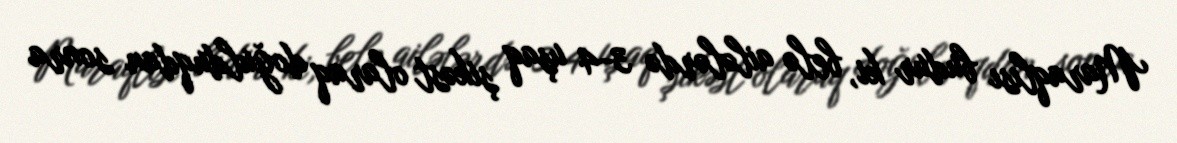
Maraqlısı budur ki, belə ailələrdə 3-4 uşaq şikəst olaraq doğulduqdan sonra